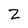
Character: Z